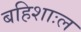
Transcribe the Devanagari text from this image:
बहिशाःल